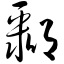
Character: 鄹